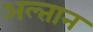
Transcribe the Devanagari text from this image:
अल्तान